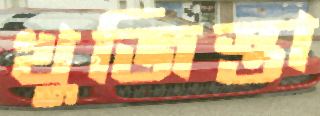
খুজিস্তা